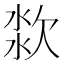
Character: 𱧆